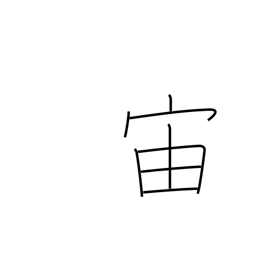
Meaning: interval of time